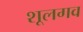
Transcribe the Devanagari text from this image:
शूलगव